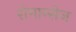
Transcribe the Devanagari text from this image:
रोमान्सेज